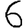
Digit: 6